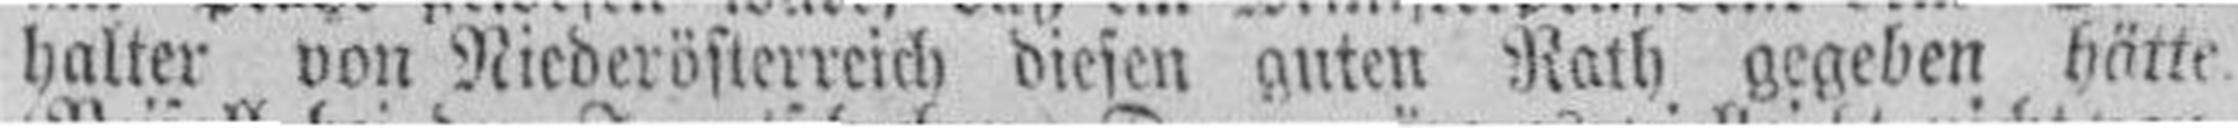
halter von Niederösterreich diesen guten Rath gegeben hättt